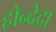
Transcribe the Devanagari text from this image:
होन्देदा